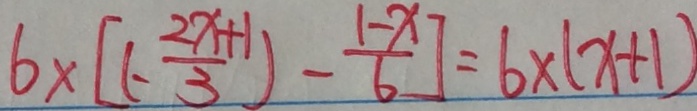
6 \times [ ( - \frac { 2 x + 1 } { 3 } ) - \frac { 1 - x } { 6 } ] = 6 \times ( x + 1 )